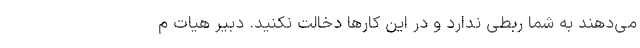
می‌دهند به شما ربطی ندارد و در این کارها دخالت نکنید. دبیر هیات م